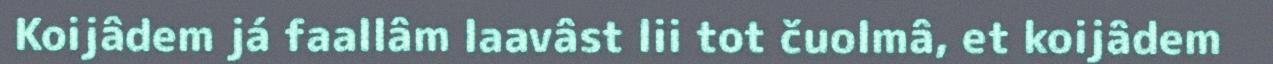
Koijâdem já faallâm laavâst lii tot čuolmâ, et koijâdem